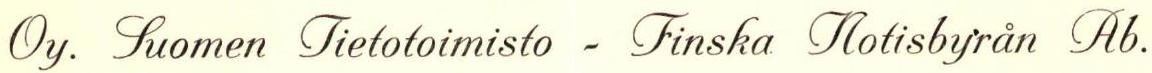
Oy. Suomen Tietotoimisto - Finska Notisbyrån Ab.